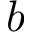
b